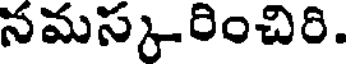
నమస్కరించిరి.